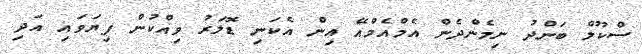
ސްކޫލް ބަންދު ނިމެންދެން އެމްއެމްއޭ އިން އެކަނި ޑޮލަރު ވިއްކުން ފިޔަވައި އަދި